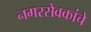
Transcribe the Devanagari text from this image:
नगरसेवकांचे